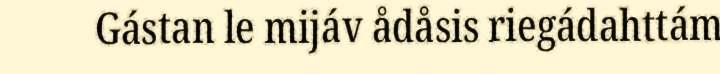
Gástan le mijáv ådåsis riegádahttám